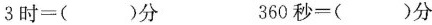
3时=()分 360秒=()分